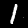
Digit: 1